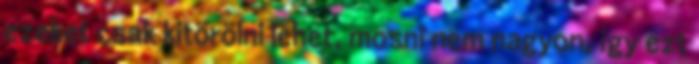
ezeket csak kitörölni lehet, mosni nem nagyon, így ezt